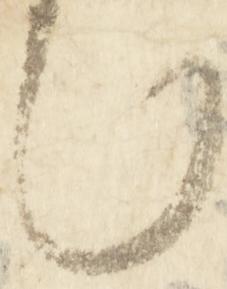
也